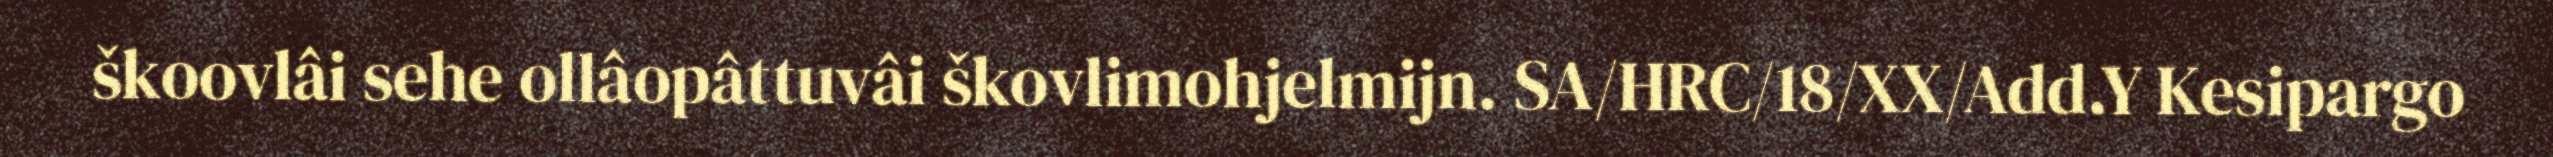
škoovlâi sehe ollâopâttuvâi škovlimohjelmijn. SA/HRC/18/XX/Add.Y Kesipargo